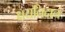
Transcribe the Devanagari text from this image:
क्षयनिदान